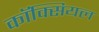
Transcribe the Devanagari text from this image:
कॉक्सियल